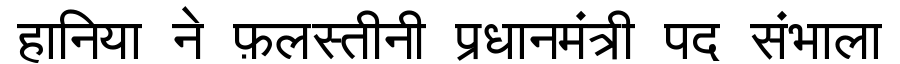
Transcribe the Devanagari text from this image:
हानिया ने फ़लस्तीनी प्रधानमंत्री पद संभाला